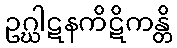
ဥဂ္ဃါဋနကိဋိကန္တိ